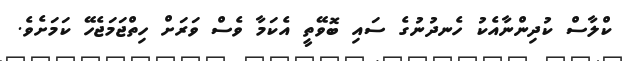
ކްލާސް ކުދިންނާއެކު ހެނދުނުގެ ސައި ބޮވޭތީ އެކަމާ ވެސް ވަރަށް ހިތްޖަމަޖެހޭ ކަމަށެވެ.